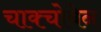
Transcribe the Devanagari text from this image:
चाक्चोबेन